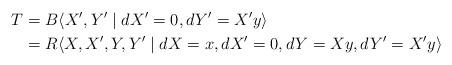
LaTeX: \begin{align*}T&=B\langle X', Y' \mid dX'=0, dY'= X'y \rangle\\&=R\langle X, X', Y, Y' \mid dX=x, dX'=0, dY = Xy, dY'= X'y \rangle\end{align*}